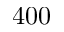
4 0 0